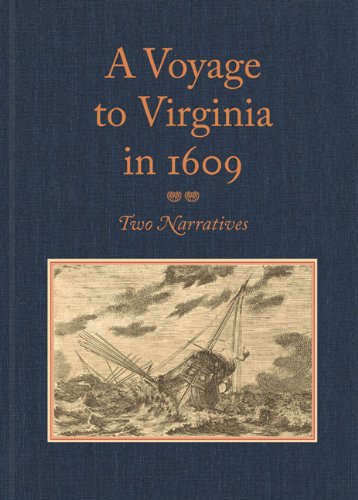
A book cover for A Voyage to Virginia in 1609: Two Narratives: Strachey's "True Reportory" and Jourdain's Discovery of the Bermudas; William Strachey; Travel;